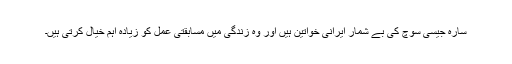
سارہ جیسی سوچ کی بے شمار ایرانی خواتین ہیں اور وہ زندگی میں مسابقتی عمل کو زیادہ اہم خیال کرتی ہیں۔